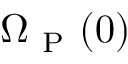
\Omega _ { \mathrm { ~ P ~ } } ( { 0 } )